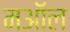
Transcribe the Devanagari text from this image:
मऑल